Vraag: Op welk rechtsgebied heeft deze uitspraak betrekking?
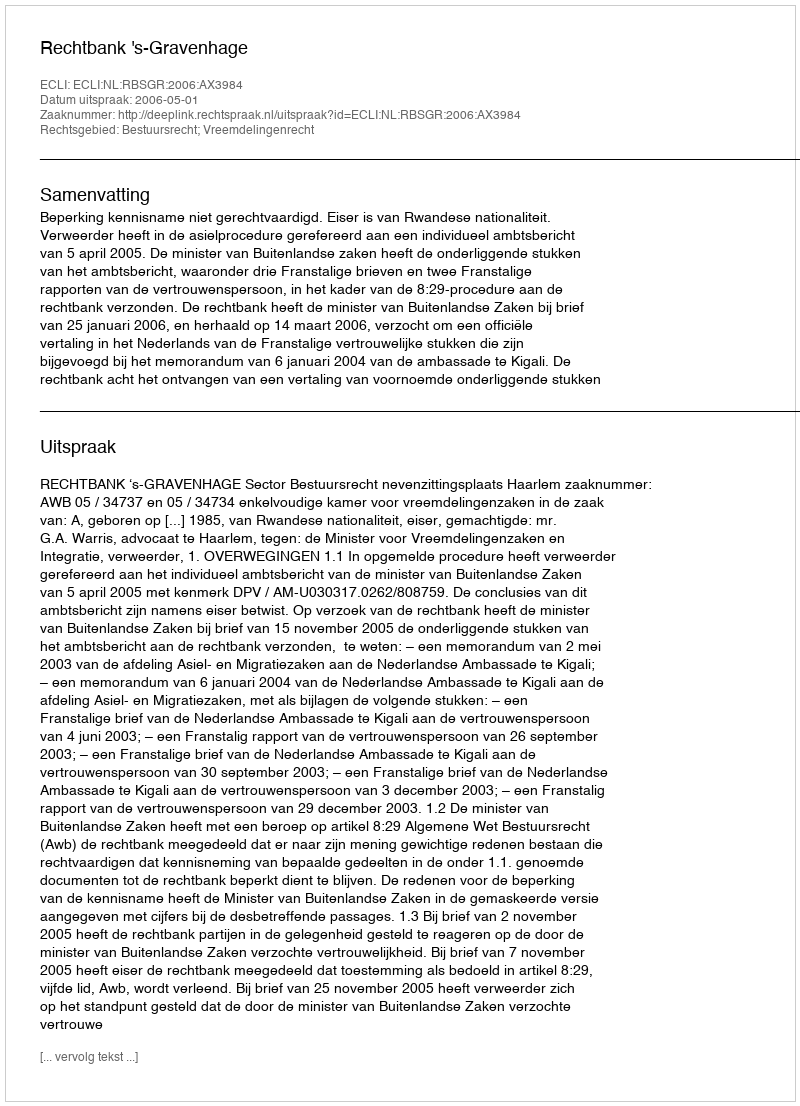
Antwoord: Bestuursrecht; Vreemdelingenrecht